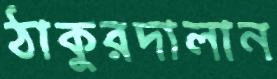
ঠাকুরদালান